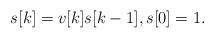
LaTeX: \begin{align*}s[k]=v[k] s[k-1],s[0]=1.\end{align*}